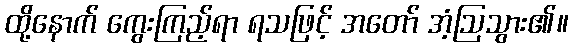
ထို့နောက် ကွေးကြည့်ရာ ရသဖြင့် အတော် အံ့ဩသွား၏။